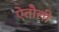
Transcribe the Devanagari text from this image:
ऐतौली